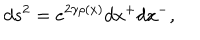
LaTeX: d s ^ { 2 } = e ^ { 2 \gamma \rho ( x ) } d x ^ { + } d x ^ { - } ,